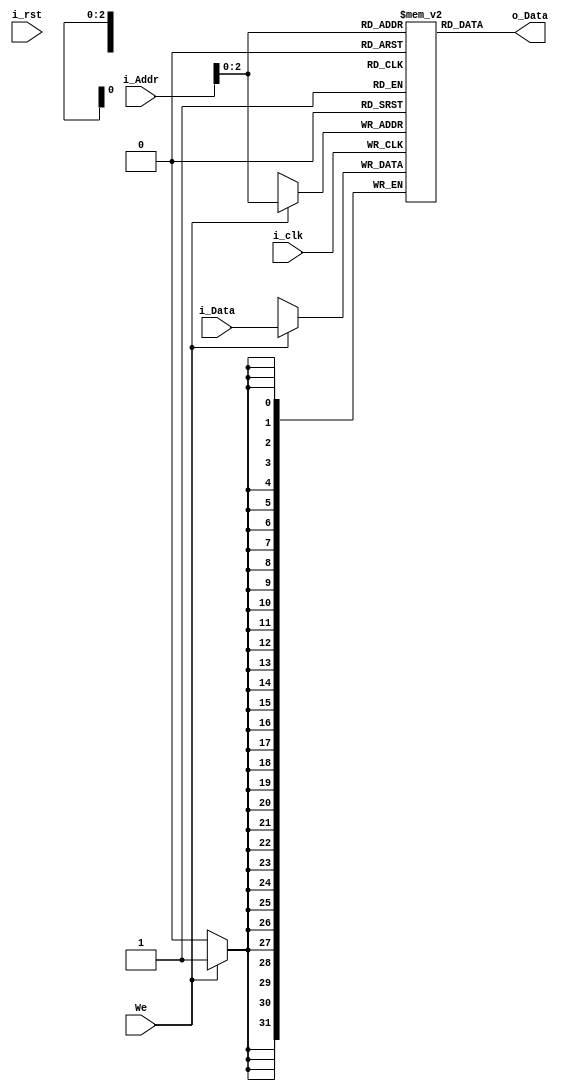
`timescale 1ns / 1ps

module instruction_memory   #(

    parameter       MEM_SIZE        =   5       ,
    parameter       WORD_WIDTH      =   32      ,
    parameter       ADDR_LENGTH     =   32      ,
    parameter       DATA_LENGTH     =   32
)
(
    input   wire    i_clk       ,       i_rst   ,
    input   wire                        We      ,
    input   wire    [ADDR_LENGTH-1:0]   i_Addr  ,
    input   wire    [DATA_LENGTH-1:0]   i_Data  ,
    output  reg     [DATA_LENGTH-1:0]   o_Data
);

reg [WORD_WIDTH-1:0]    RAM_mem[0:MEM_SIZE-1]   ;


//  Bloque que maneja la lectura de la RAM
always  @(i_clk)
    begin
            o_Data      <=  RAM_mem[i_Addr]     ;
    end
    
//  Bloque que maneja la escritura de la RAM
always @(posedge i_clk)
    begin
        if  (We)
            RAM_mem[i_Addr]     <=  i_Data      ;
    end

endmodule